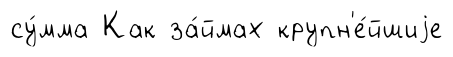
су́мма Как за́ймах крупн'е́йшиjе